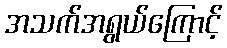
အသက်အရွယ်ကြောင့်